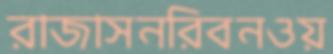
রাজাসনরিবনওয়